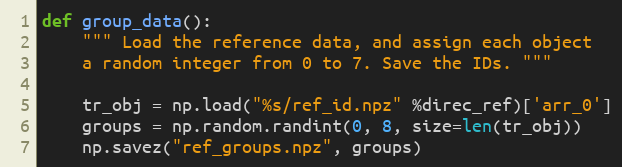
Language: Python
def group_data():
    """ Load the reference data, and assign each object
    a random integer from 0 to 7. Save the IDs. """

    tr_obj = np.load("%s/ref_id.npz" %direc_ref)['arr_0']
    groups = np.random.randint(0, 8, size=len(tr_obj))
    np.savez("ref_groups.npz", groups)